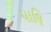
પાલિ